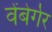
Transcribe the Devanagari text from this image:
वेंबेर्गेर